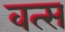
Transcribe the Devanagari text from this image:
वत्‍स